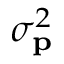
\sigma _ { \mathbf { p } } ^ { 2 }